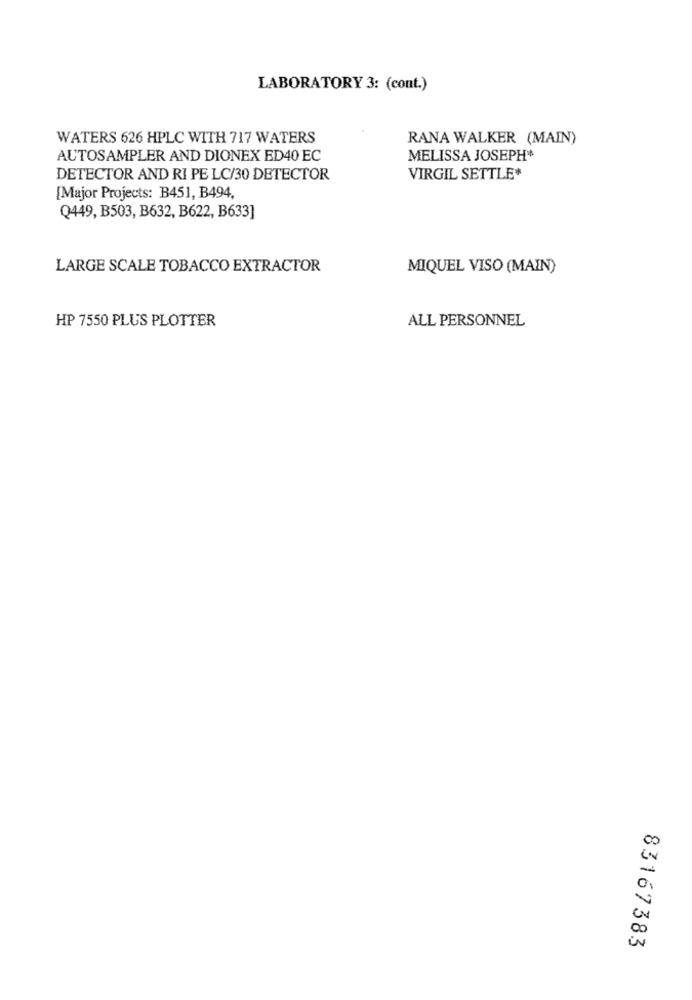
LABORATORY 3: (cont.)
WATERS 626 HPLC WITH 717 WATERS
RANA WALKER (MAIN)
AUTOSAMPLER AND DIONEX ED40 EC
MELISSA JOSEPH*
DETECTOR AND RI PE LC/30 DETECTOR
VIRGIL SETTLE*
[Major Projects: B451, B494,
Q449, B503, B632, B622, B633]
LARGE SCALE TOBACCO EXTRACTOR
MIQUEL VISO (MAIN)
HP 7550 PLUS PLOTTER
ALL PERSONNEL
0
in
83167383